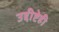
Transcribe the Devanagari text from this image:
उद्दीष्टेही